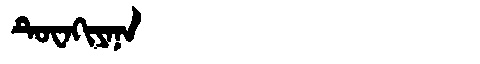
Manchu: ᡨᡠᠸᠠᡴᡳᠶᠠᠨᠠ
Romanization: TUWAKIYANA